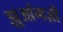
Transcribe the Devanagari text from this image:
झुआंगज़ी